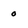
Character: o